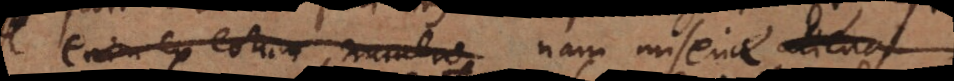
enim ex eorum numero nam miseria aliena